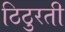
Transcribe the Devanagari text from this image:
ठिठुरती